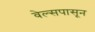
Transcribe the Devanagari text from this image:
वेल्सपासून